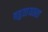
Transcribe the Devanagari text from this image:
बहुतायतता